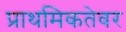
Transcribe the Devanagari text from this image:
प्राथमिकतेवर